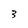
Character: 3